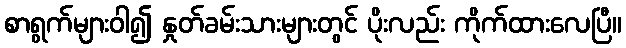
စာရွက်များဝါ၍ နှုတ်ခမ်းသားများတွင် ပိုးလည်း ကိုက်ထားလေပြီ။